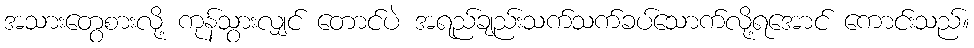
အသားတွေစားလို့ ကုန်သွားလျှင် တောင်ပဲ အရည်ချည်းသက်သက်ခပ်သောက်လို့ရအောင် ကောင်းသည်။